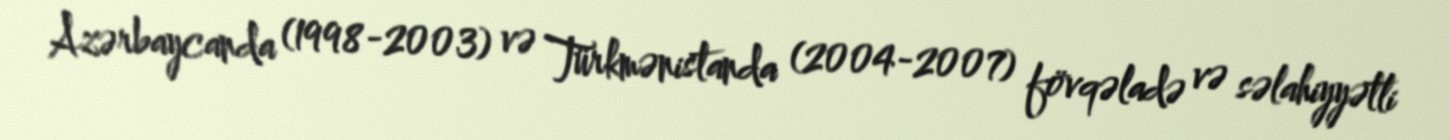
Azərbaycanda (1998-2003) və Türkmənistanda (2004-2007) fövqəladə və səlahiyyətli